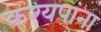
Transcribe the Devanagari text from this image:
कश्यपांना